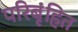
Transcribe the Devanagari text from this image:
परिबृंहित